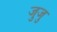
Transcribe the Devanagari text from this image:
जुजु